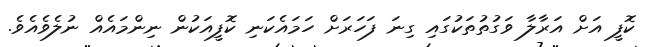
ކޮފީ އަށް އަރާލާ ވަގުތުތަކުގައި ގިނަ ފަހަރަށް ހަމައެކަނި ކޮފީއަކުން ނިންމައެއް ނުލެވެއެވެ.